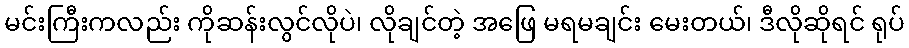
မင်းကြီးကလည်း ကိုဆန်းလွင်လိုပဲ၊ လိုချင်တဲ့ အဖြေ မရမချင်း မေးတယ်၊ ဒီလိုဆိုရင် ရုပ်